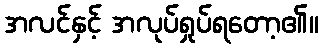
အလင်နှင့် အလုပ်ရှုပ်ရတော့၏။